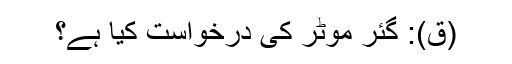
(ق): گئر موٹر کی درخواست کیا ہے؟